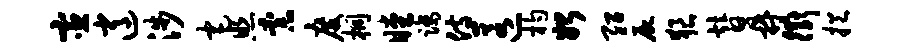
宦逍涉宅照柰度桐瞠踏侍匿杓始绍尸狼替鼎衢挹